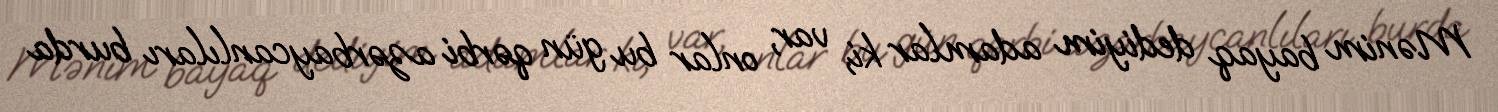
Mənim bayaq dediyim adamlar ki, var, onlar bu gün qərbi azərbaycanlıları burda